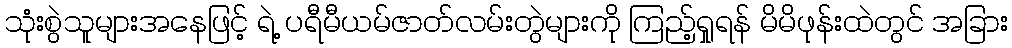
သုံးစွဲသူများအနေဖြင့် ရဲ့ ပရီမီယမ်ဇာတ်လမ်းတွဲများကို ကြည့်ရှုရန် မိမိဖုန်းထဲတွင် အခြား